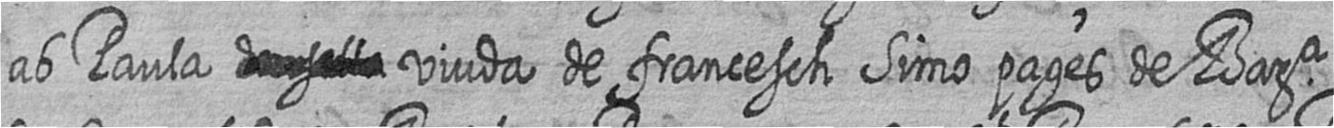
ab Paula # viuda de francesch Simo pages de Bara